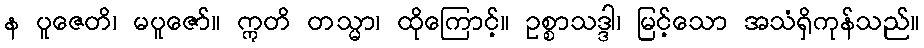
န ပူဇေတိ၊ မပူဇော်။ ဣတိ တသ္မာ၊ ထိုကြောင့်။ ဥစ္စာသဒ္ဒါ၊ မြင့်သော အသံရှိကုန်သည်။